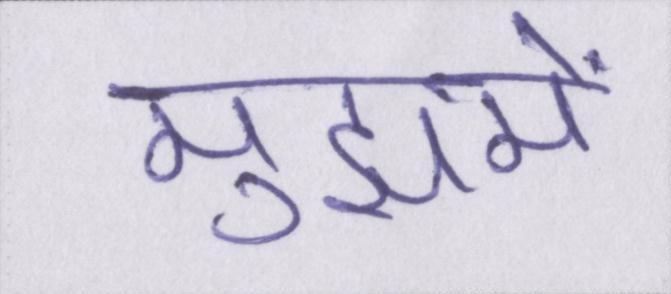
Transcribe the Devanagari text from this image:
मुझमें